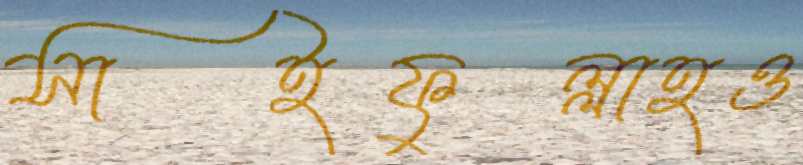
সাইফুল্লাহও